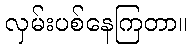
လှမ်းပစ်နေကြတာ။